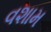
વશામ